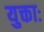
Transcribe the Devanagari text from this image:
युक्ताः